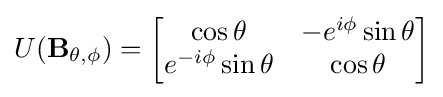
U(\mathbf {B} _{\theta ,\phi })={\begin{bmatrix}\cos \theta &-e^{i\phi }\sin \theta \\e^{-i\phi }\sin \theta &\cos \theta \end{bmatrix}}